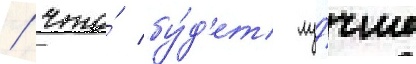
/ что́ бу́д'ет лу́чше